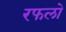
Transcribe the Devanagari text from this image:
रफलो